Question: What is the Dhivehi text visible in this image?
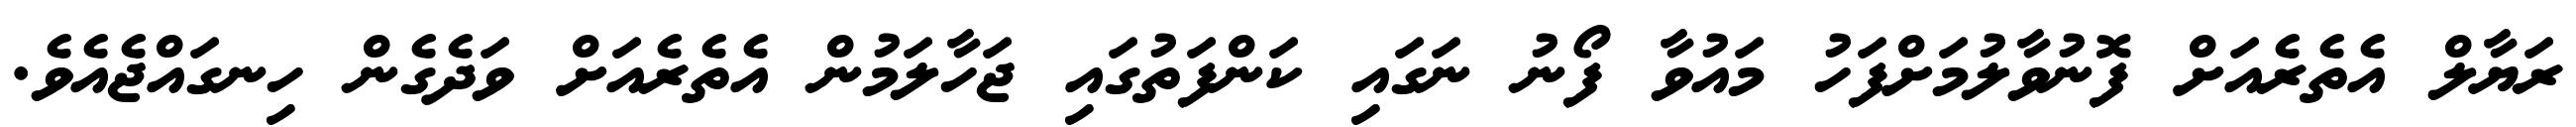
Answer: ރަޔާލް އެތެރެއަށް ފޮނުވާލުމަށްފަހު މައުވާ ފޯނު ނަގައި ކަންފަތުގައި ޖަހާލަމުން އެތެރެއަށް ވަދެގެން ހިނގައްޖެއެވެ.